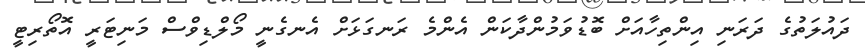
ދައުލަތުގެ ދަރަނި އިންތިހާއަށް ބޮޑުވަމުންދާކަން އެންމެ ރަނގަޅަށް އެނގެނީ މޯލްޑިވްސް މަނިޓަރީ އޮތޯރިޓީ